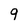
Character: 9